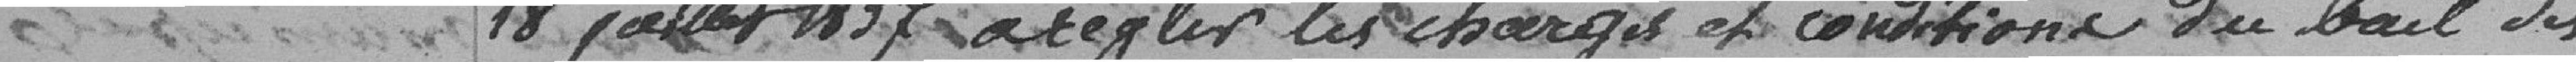
18 janvier 1837 à régler les charges et conditions du bail des